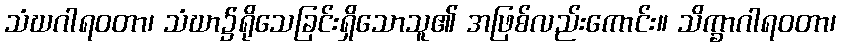
သံဃဂါရဝတာ၊ သံဃာ၌ရိုသေခြင်းရှိသောသူ၏ အဖြစ်လည်းကောင်း။ သိက္ခာဂါရဝတာ၊